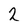
Character: 2